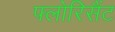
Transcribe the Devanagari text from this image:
फ्लोरिसैंट